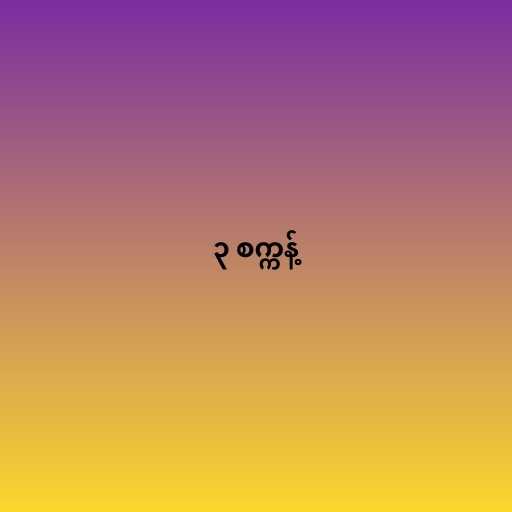
၃ စက္ကန့်